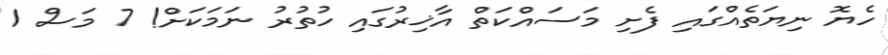
ހެޔޮ ނިޔަތެއްގައި ފެށި މަސައްކަތް އާޚިރުގައި ހުތުރު ނަމަކަށް! 7 މަސް 1